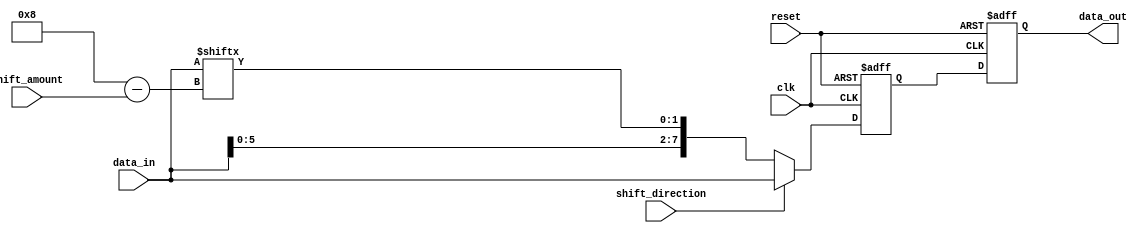
module barrel_shifter (
  input wire clk,
  input wire reset,
  input wire [7:0] data_in,
  input wire [1:0] shift_amount,
  input wire shift_direction,
  output reg [7:0] data_out
);

  reg [7:0] shifted_data;

  always @(posedge clk or posedge reset) begin
    if (reset) begin
      data_out <= 8'b0;
      shifted_data <= 8'b0;
    end
    else begin
      if (shift_direction == 1'b0) begin // shift right
        shifted_data <= {data_in[(8-shift_amount-1):0], data_in[(7): (8-shift_amount)]};
      end
      else begin // shift left
        shifted_data <= {data_in[(shift_amount) : 7], data_in[(7-shift_amount):0]};
      end
      data_out <= shifted_data;
    end
  end
endmodule